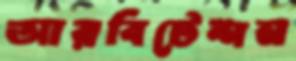
আরবিটেশন